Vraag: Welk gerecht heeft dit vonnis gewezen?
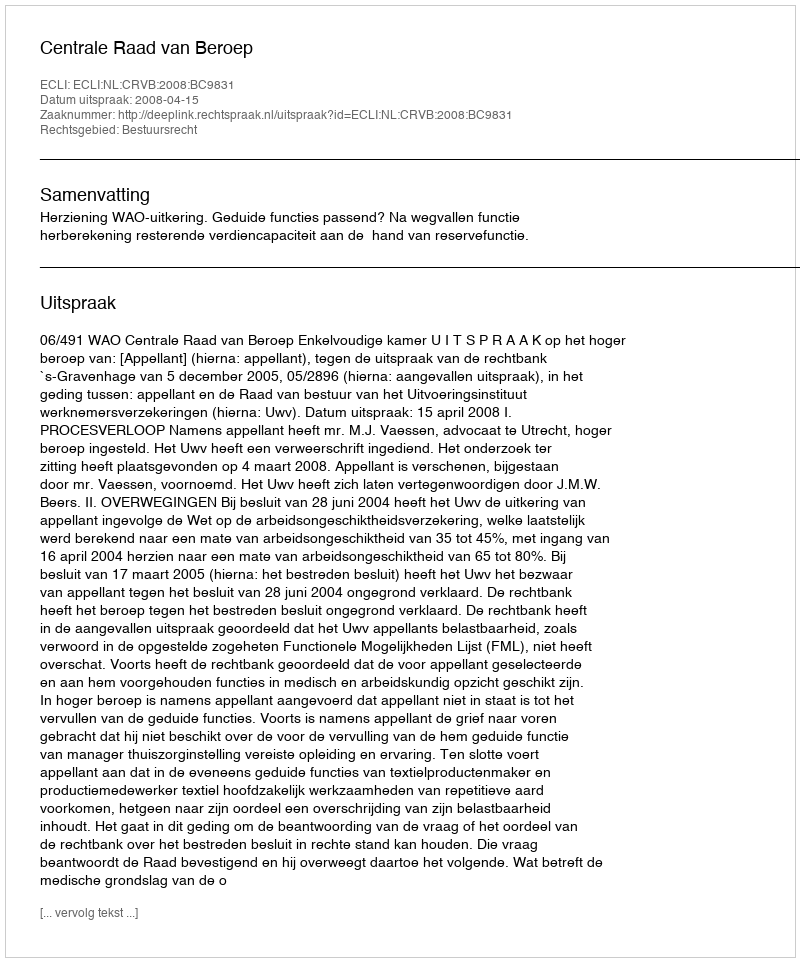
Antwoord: Centrale Raad van Beroep